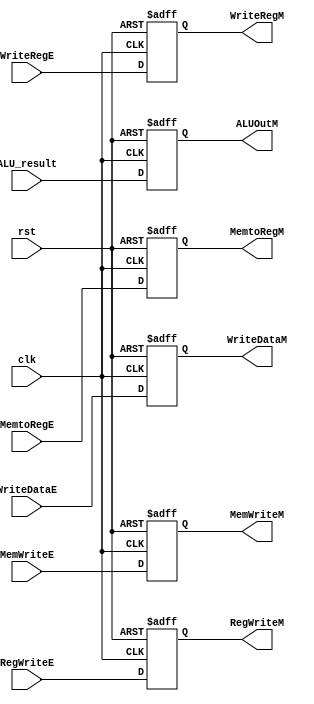
`timescale 1ns / 1ps


module EX_MEM (
           input clk ,
           input rst,
           input RegWriteE ,
           input MemtoRegE ,
           input MemWriteE ,
           input [31: 0] ALU_result,
           input [31: 0] WriteDataE,
           input [ 4: 0] WriteRegE ,
           output reg RegWriteM ,
           output reg MemtoRegM ,
           output reg MemWriteM ,
           output reg [31: 0] ALUOutM ,
           output reg [31: 0] WriteDataM,
           output reg [ 4: 0] WriteRegM
       );

always @(posedge clk  or posedge rst)
if (rst)
begin
    RegWriteM <= 0;
    MemtoRegM <= 0;
    MemWriteM <= 0;
    ALUOutM <= 0;
    WriteDataM <= 0;
    WriteRegM <= 0;
end
else
begin
    RegWriteM <= RegWriteE;
    MemtoRegM <= MemtoRegE;
    MemWriteM <= MemWriteE;
    ALUOutM <= ALU_result;
    WriteDataM <= WriteDataE;
    WriteRegM <= WriteRegE;
end

endmodule